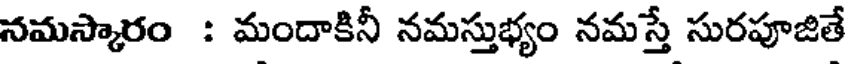
నమస్కారం : మందాకినీ నమస్తుభ్యం నమస్తే సురపూజితే